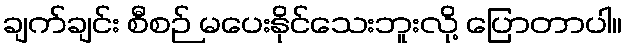
ချက်ချင်း စီစဉ် မပေးနိုင်သေးဘူးလို့ ပြောတာပါ။